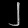
Digit: ၂